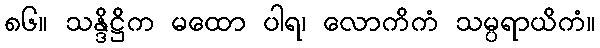
၈၆။ သန္ဒိဋ္ဌိက မထော ပါရ၊ လောကိကံ သမ္ပရာယိကံ။